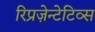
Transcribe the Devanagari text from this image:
रिप्रज़ेन्टेटिव्स